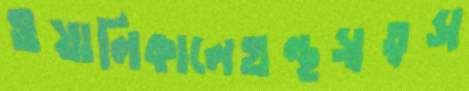
ওয়ালিকালেগ্রন্থস্বত্বস